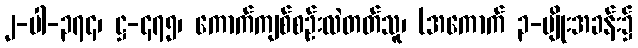
၂-ပါ-၃၇၄၊ ဋ္ဌ-၄၇၅၊ ကောက်ကျစ်စဉ်းလဲတတ်သူ၊ (အကောက် ၃-မျိုးအခန်း၌